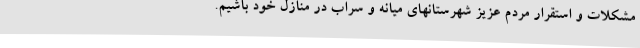
مشکلات و استقرار مردم عزیز شهرستانهای میانه و سراب در منازل خود باشیم.